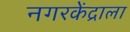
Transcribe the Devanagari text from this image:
नगरकेंद्राला